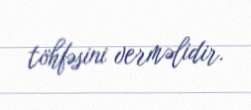
töhfəsini verməlidir.